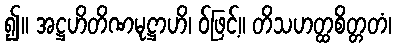
၍။ အဋ္ဌဟိတိဏမုဋ္ဌာဟိ၊ ဝ်ဖြင့်။ တိသဟတ္ထစိတ္တတံ၊